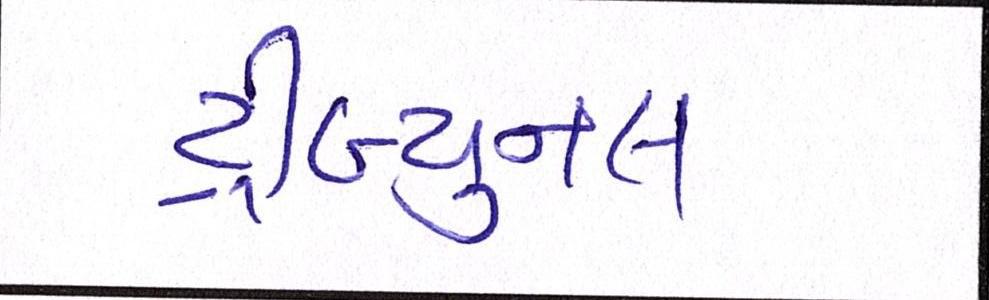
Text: ટ્રીબ્યુનલ